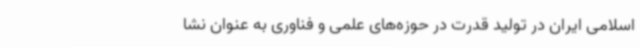
اسلامی ایران در تولید قدرت در حوزه‌های علمی و فناوری به عنوان نشا